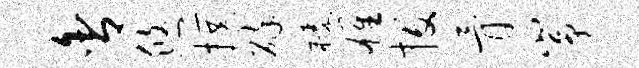
舍悠撰碎榛雄投骨峥